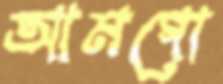
আমগো